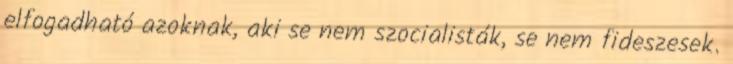
elfogadható azoknak, aki se nem szocialisták, se nem fideszesek.